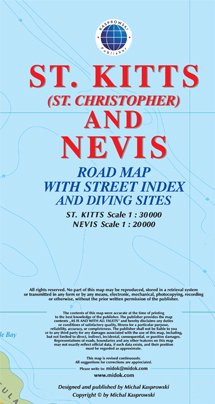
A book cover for St. Kitts (St. Christopher) and Nevis Road Map with Street Index and Diving Sites; Michal Kasprowski; Travel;